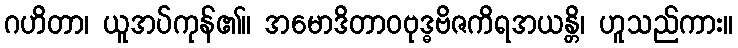
ဂဟိတာ၊ ယူအပ်ကုန်၏။ အမောဒိတာဝဗုဒ္ဓဗိဇကိရအယန္တိ၊ ဟူသည်ကား။